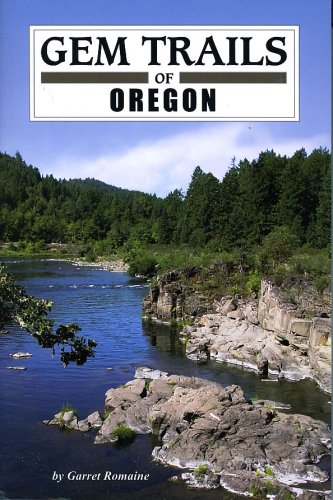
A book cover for Gem Trails of Oregon; Garret Romaine; Science & Math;